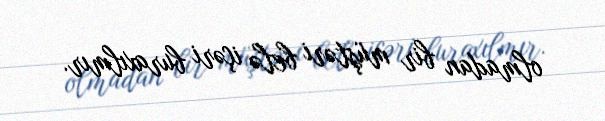
olmadan bir müştəri belə içəri buraxılmır.